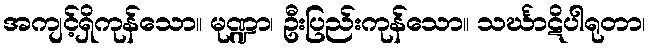
အကျင့်ရှိကုန်သော။ မုဏ္ဍာ၊ ဦးပြည်းကုန်သော။ သင်္ဃာဋိပါရုတာ၊